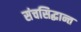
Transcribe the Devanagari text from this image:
संचसिद्धान्त